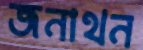
জনাথন